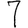
Digit: 7